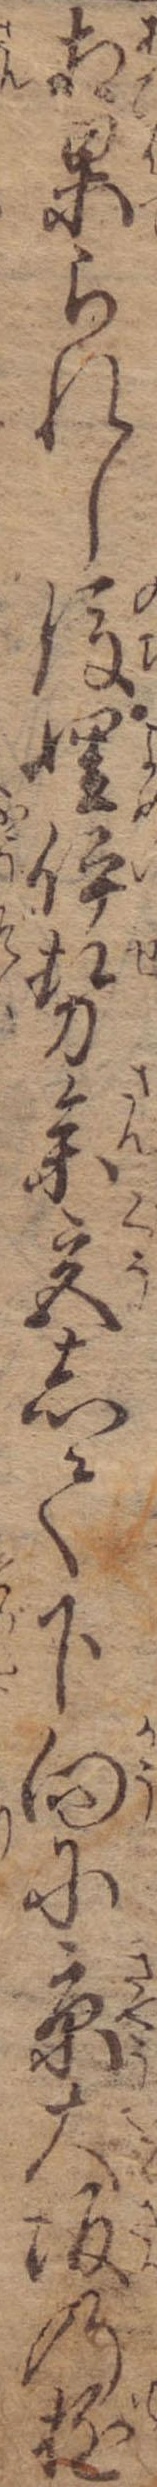
相果られし後娌伊勢参宮して下向に京大坂の遊